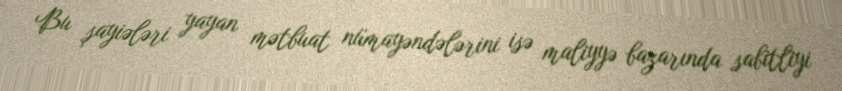
Bu şayiələri yayan mətbuat nümayəndələrini isə maliyyə bazarında sabitliyi